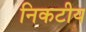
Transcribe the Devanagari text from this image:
निकटीय